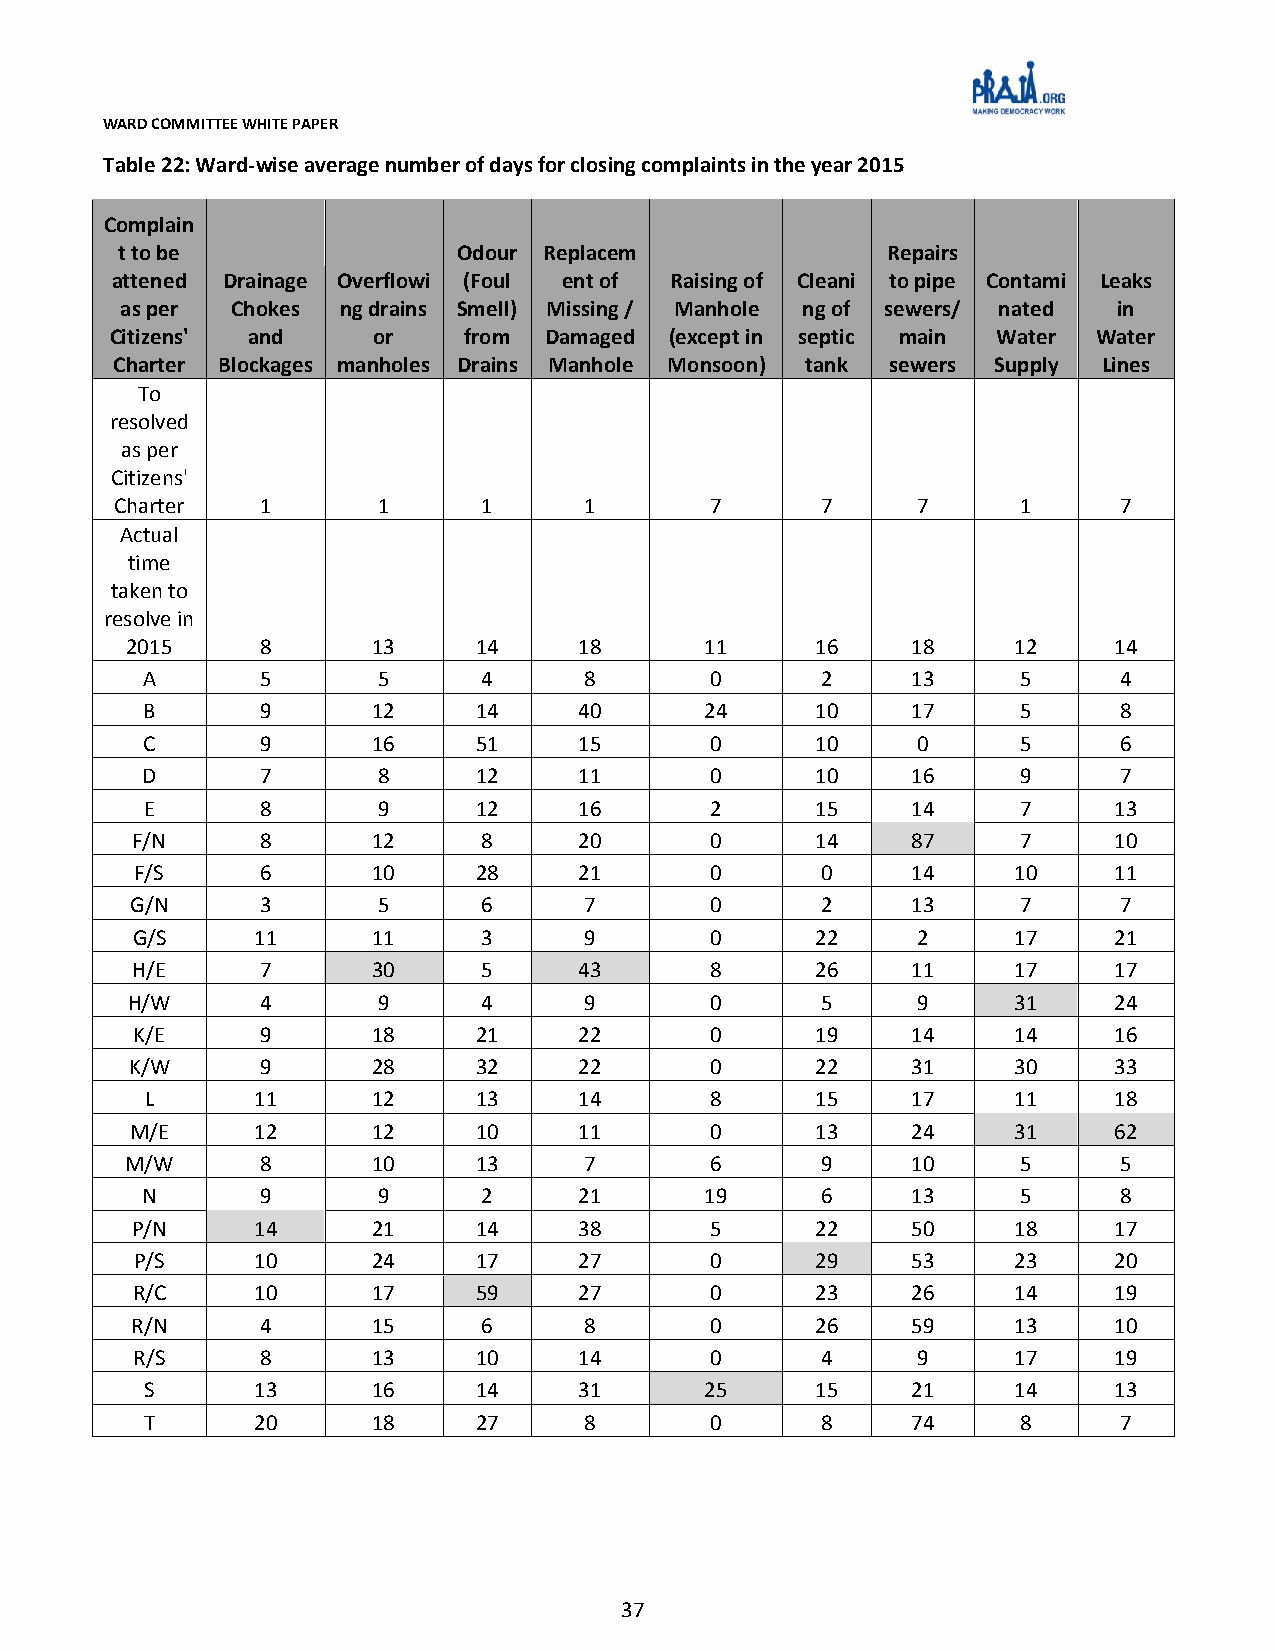
WARD COMMITTEE WHITE PAPER
 Table 22: Ward-wise average number of days for closing complaints in the year 2015
 Complain
 t to be               Odour Replacem               Repairs
 attened Drainage Overflowi (Foul ent of Raising of Cleani to pipe Contami Leaks
 as per Chokes ng drains Smell) Missing / Manhole ng of sewers/ nated in
 Citizens' and     or    from Damaged (except in septic main Water Water
 Charter Blockages manholes Drains Manhole Monsoon) tank sewers Supply Lines
 To
 resolved
 as per
 Citizens'
 Charter  1       1      1      1       7      7      7      1     7
 Actual
 time
 taken to
 resolve in
 2015     8       13    14     18       11     16    18     12     14
 A       5       5      4      8       0      2     13      5     4
 B       9       12    14     40       24     10    17      5     8
 C       9       16    51     15       0      10     0      5     6
 D       7       8     12     11       0      10    16      9     7
 E      8       9     12     16       2      15    14      7     13
 F/N     8       12     8     20       0      14    87      7     10
 F/S     6       10    28     21       0      0     14     10     11
 G/N     3       5      6      7       0      2     13      7     7
 G/S     11      11     3      9       0      22     2     17     21
 H/E     7       30     5     43       8      26    11     17     17
 H/W      4       9      4      9       0      5      9     31     24
 K/E     9       18    21     22       0      19    14     14     16
 K/W     9       28    32     22       0      22    31     30     33
 L      11      12    13     14       8      15    17     11     18
 M/E     12      12    10     11       0      13    24     31     62
 M/W      8       10    13      7       6      9     10      5     5
 N       9       9      2     21       19     6     13      5     8
 P/N     14      21    14     38       5      22    50     18     17
 P/S     10      24    17     27       0      29    53     23     20
 R/C     10      17    59     27       0      23    26     14     19
 R/N     4       15     6      8       0      26    59     13     10
 R/S     8       13    10     14       0      4      9     17     19
 S      13      16    14     31       25     15    21     14     13
 T      20      18    27      8       0      8     74      8     7
 37